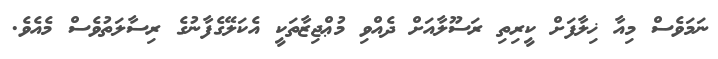
ނަމަވެސް މިއާ ޚިލާފަށް ކީރިތި ރަސޫލާއަށް ދެއްވި މުޢްޖިޒާތަކީ އެކަލޭގެފާނުގެ ރިސާލަތުވެސް މެއެވެ.